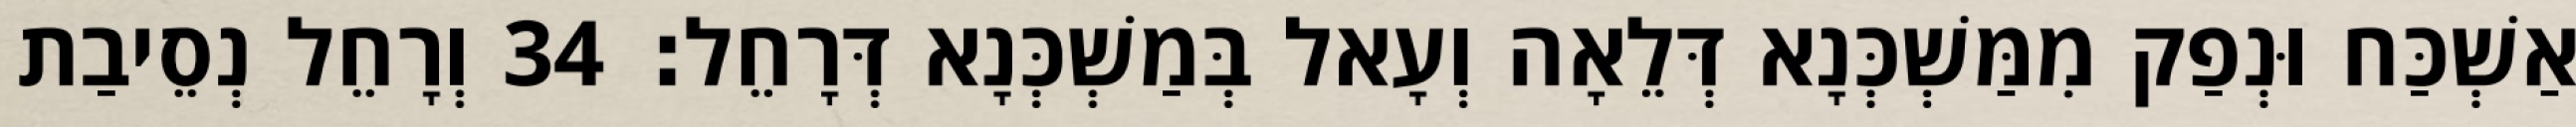
אַשְׁכַּח וּנְפַק מִמַּשְׁכְּנָא דְּלֵאָה וְעָאל בְּמַשְׁכְּנָא דְּרָחֵל׃ 34 וְרָחֵל נְסֵיבַת